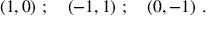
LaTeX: ( 1 , 0 ) \ ; \quad ( - 1 , 1 ) \ ; \quad ( 0 , - 1 ) \ .